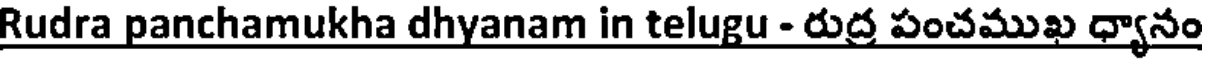
Rudra panchamukha dhyanam in telugu - రుద్ర పంచముఖ ధ్యానం